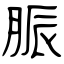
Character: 脤